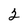
Character: 2